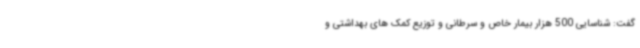
گفت: شناسایی 500 هزار بیمار خاص و سرطانی و توزیع کمک های بهداشتی و